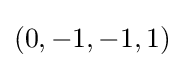
(0,-1,-1,1)